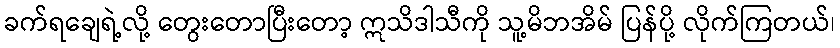
ခက်ရချေရဲ့လို့ တွေးတောပြီးတော့ ဣသိဒါသီကို သူ့မိဘအိမ် ပြန်ပို့ လိုက်ကြတယ်၊